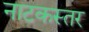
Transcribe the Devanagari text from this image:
नाटकस्तर